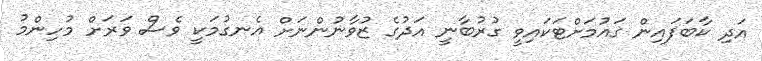
އަދި ކާބަފައިން ގައުމަށްޓަކައިވީ ގުރުބާނީ އަދުގެ ޒުވާނުންނަށް އެނގުމަކީ ވެސް ވަރަށް މުހިންމު